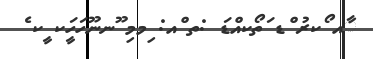
ާއ ޯކރު ްޑ ަތޯކއްޑަ :ތ ްއ: ިމމި ޫނނޫހަހަީކ ީކ ެ